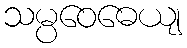
သမ္ပဝေဓေယျ